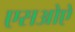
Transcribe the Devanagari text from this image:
एसओऐ